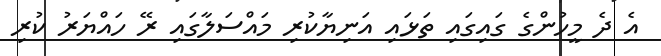
އެ ދެ މީހުންގެ ގައިގައި ތަޅައި އަނިޔާކުރި މައްސަލާގައި ރޭ ހައްޔަރު ކުރި